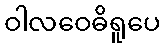
ဝါလဝေဓိရူပေ